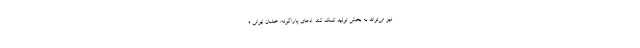
نیز می‌تواند به بخش تولید کمک کند. ادعای پاراگوئه: خلبان ایرانی ه